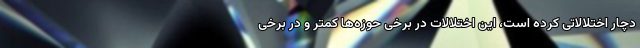
دچار اختلالاتی کرده است، این اختلالات در برخی حوزه‌ها کمتر و در برخی